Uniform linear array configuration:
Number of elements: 32
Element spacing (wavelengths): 1
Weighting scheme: exponential
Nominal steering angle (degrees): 60
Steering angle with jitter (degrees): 60.321
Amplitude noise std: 0.05
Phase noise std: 0.05

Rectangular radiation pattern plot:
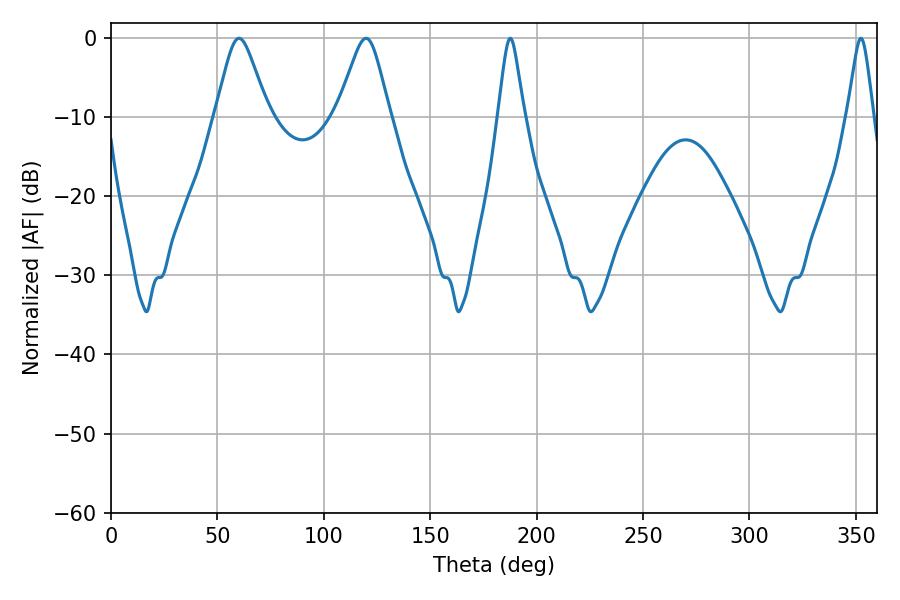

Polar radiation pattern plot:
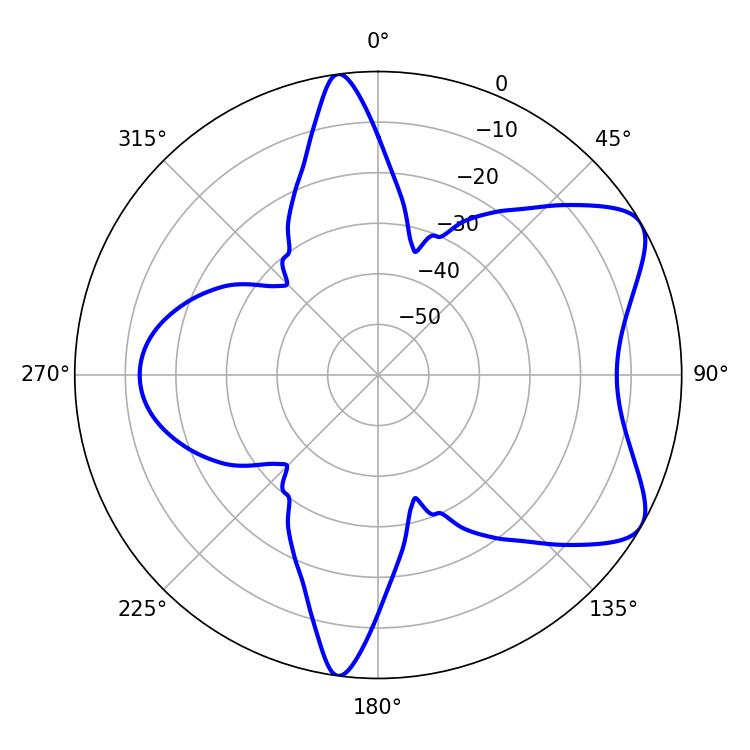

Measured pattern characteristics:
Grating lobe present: TRUE
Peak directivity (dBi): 7.023
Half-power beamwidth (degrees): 11.7
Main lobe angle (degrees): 60.12